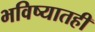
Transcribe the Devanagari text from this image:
भविष्यातही